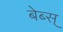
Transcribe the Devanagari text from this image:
बेब्स्